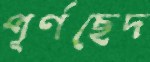
পূর্ণছেদ